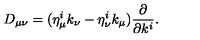
D _ { \mu \nu } = ( \eta _ { \mu } ^ { i } k _ { \nu } - \eta _ { \nu } ^ { i } k _ { \mu } ) { \frac { \partial } { \partial k ^ { i } } } .